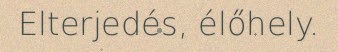
Elterjedés, élőhely.